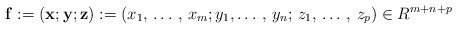
\begin{align*}\mathbf{f}:=\left( \mathbf{x};\mathbf{y};\mathbf{z} \right):=\left( x_{1},\thinspace \mathellipsis \thinspace ,\thinspace x_{m};y_{1},\mathellipsis \thinspace ,\thinspace y_{n};\thinspace z_{1},\thinspace \mathellipsis \thinspace ,\thinspace z_{p} \right)\in R^{m+n+p}\end{align*}